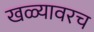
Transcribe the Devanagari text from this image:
खळ्यावरच